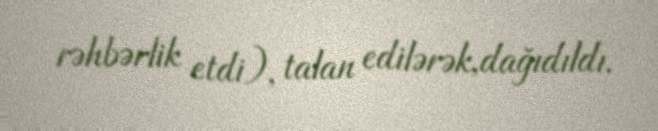
rəhbərlik etdi), talan edilərək,dağıdıldı.